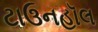
ટાઉનહૉલ